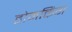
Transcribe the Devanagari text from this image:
होमकिंग